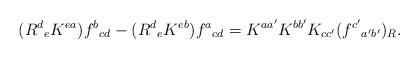
LaTeX: \begin{align*}(R^{d}{}_{e}K^{ea})f^{b}{}_{cd} - (R^{d}{}_{e}K^{eb})f^{a}{}_{cd} =K^{aa'}K^{bb'}K_{cc'}(f^{c'}{}_{a'b'})_{R}. \end{align*}